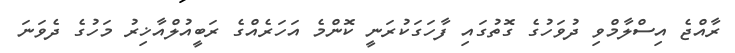
ރާއްޖެ އިސްލާމްވި ދުވަހުގެ ގޮތުގައި ފާހަގަކުރަނީ ކޮންމެ އަހަރެއްގެ ރަބީއުލްއާޚިރު މަހުގެ ދެވަނަ